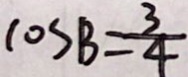
\cos B = 4